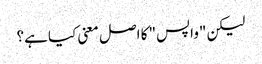
لیکن "واپس" کا اصل معنی کیا ہے؟